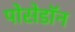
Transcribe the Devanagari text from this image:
पोसेडॉन